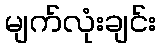
မျက်လုံးချင်း